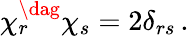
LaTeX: \chi_{r}^{\dag}\chi_{s}=2\delta_{rs}\, .